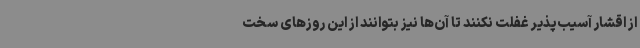
از اقشار آسیب‌پذیر غفلت نکنند تا آن‌ها نیز بتوانند از این روزهای سخت